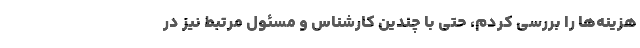
هزینه‌ها را بررسی کردم، حتی با چندین کارشناس و مسئول مرتبط نیز در